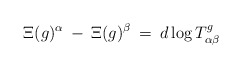
\begin{align*}\Xi(g)^{\alpha} \: - \: \Xi(g)^{\beta} \: = \:d \log T^g_{\alpha \beta}\end{align*}